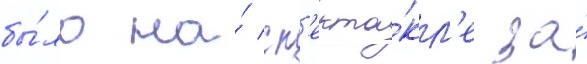
бы́ло на́ сп'екта́кл'е за́